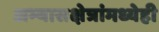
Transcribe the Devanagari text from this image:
अभ्यासक्षेत्रांमध्येही